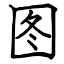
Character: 图